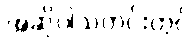
အဆိုပါသတင်းတွင်